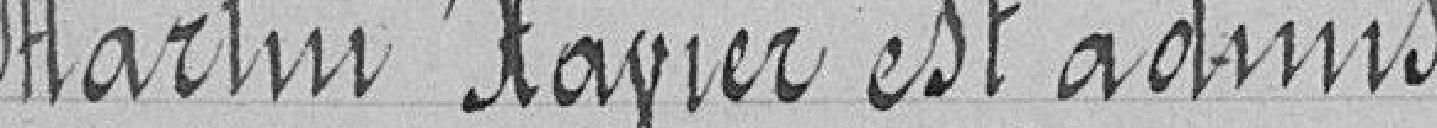
Martin Xavier est admis